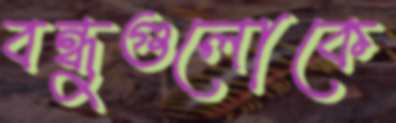
বন্ধুগুলোকে